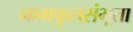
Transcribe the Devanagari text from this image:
नागकुलसंभूता